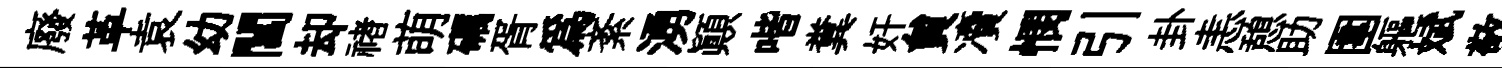
廢革袁幼閶却禇萌礪胥為紊湧顚喈糞奸貟凟憫引卦恚憩助圍軀斌敬